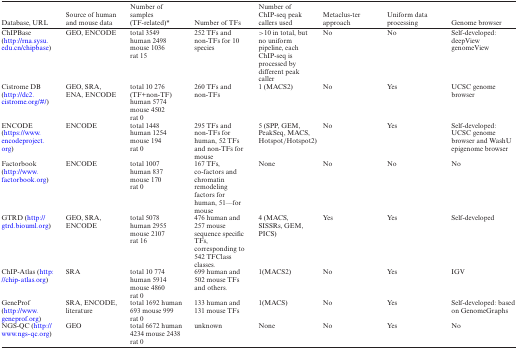
<table><thead><tr><td><b>Database, URL</b></td><td><b>Source of human and mouse data</b></td><td><b>Number of samples (TF-related)*</b></td><td><b>Number of TFs</b></td><td><b>Number of ChIP-seq peak callers used</b></td><td><b>Metaclus-ter approach</b></td><td><b>Uniform data processing</b></td><td><b>Genome browser</b></td></tr></thead><tbody><tr><td>ChIPBase (http://rna.sysu.edu.cn/chipbase)</td><td>GEO, ENCODE</td><td>total 3549 human 2498 mouse 1036 rat 15</td><td>252 TFs and non-TFs for 10 species</td><td>&gt;10 in total, but no uniform pipeline, each ChIP-seq is processed by different peak caller</td><td>No</td><td>No</td><td>Self-developed: deepView genomeView</td></tr><tr><td>Cistrome DB (http://dc2.cistrome.org/#/)</td><td>GEO, SRA, ENA, ENCODE</td><td>total 10 276 (TF+non-TF) human 5774 mouse 4502 rat 0</td><td>260 TFs and non-TFs</td><td>1 (MACS2)</td><td>No</td><td>Yes</td><td>UCSC genome browser</td></tr><tr><td>ENCODE (https://www.encodeproject.org)</td><td>ENCODE</td><td>total 1448 human 1254 mouse 194 rat 0</td><td>295 TFs and non-TFs for human, 52 TFs and non-TFs for mouse</td><td>5 (SPP, GEM, PeakSeq, MACS, Hotspot/Hotspot2)</td><td>No</td><td>Yes</td><td>Self-developed: UCSC genome browser and WashU epigenome browser</td></tr><tr><td>Factorbook (http://www.factorbook.org)</td><td>ENCODE</td><td>total 1007 human 837 mouse 170 rat 0</td><td>167 TFs, co-factors and chromatin remodeling factors for human, 51—for mouse</td><td>None</td><td>No</td><td>No</td><td>No</td></tr><tr><td>GTRD (http://gtrd.biouml.org)</td><td>GEO, SRA, ENCODE</td><td>total 5078 human 2955 mouse 2107 rat 16</td><td>476 human and 257 mouse sequence specific TFs, corresponding to 542 TFClass classes.</td><td>4 (MACS, SISSRs, GEM, PICS)</td><td>Yes</td><td>Yes</td><td>Self-developed</td></tr><tr><td>ChIP-Atlas (http://chip-atlas.org)</td><td>SRA</td><td>total 10 774 human 5914 mouse 4860 rat 0</td><td>699 human and 502 mouse TFs and others.</td><td>1(MACS2)</td><td>No</td><td>Yes</td><td>IGV</td></tr><tr><td>GeneProf (http://www.geneprof.org)</td><td>SRA, ENCODE, literature</td><td>total 1692 human 693 mouse 999 rat 0</td><td>133 human and 131 mouse TFs</td><td>1(MACS)</td><td>No</td><td>Yes</td><td>Self-developed: based on GenomeGraphs</td></tr><tr><td>NGS-QC (http://www.ngs-qc.org)</td><td>GEO</td><td>total 6672 human 4234 mouse 2438 rat 0</td><td>unknown</td><td>None</td><td>No</td><td>Yes</td><td>No</td></tr></tbody></table>